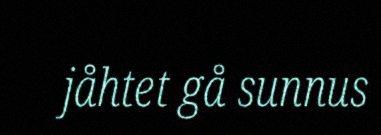
jåhtet gå sunnus